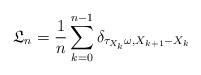
LaTeX: \begin{align*}\mathfrak L_n= \frac 1n \sum_{k=0}^{n-1} \delta_{\tau_{X_k}\omega,{X_{k+1}-X_{k}}}\end{align*}